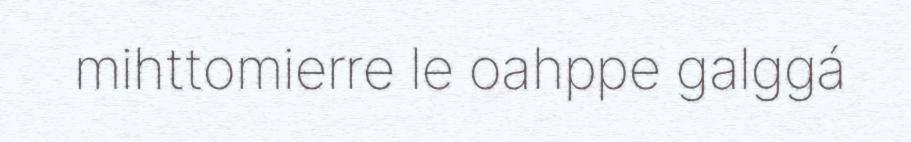
mihttomierre le oahppe galggá